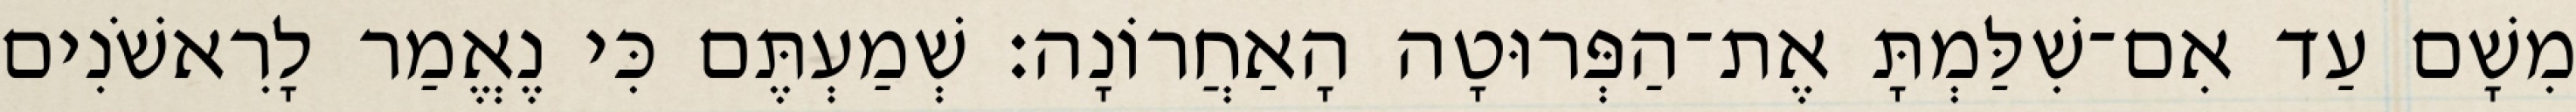
מִשָׁם עַד אִם־שִׁלַּמְתָּ אֶת־הַפְּרוּטָה הָאַחֲרוֹנָה׃ שְׁמַעְתֶּם כִּי נֶאֱמַר לָרִאשֹׁנִים